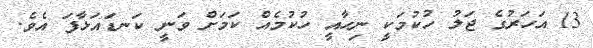
13 އަހަރުގެ ޖަލު ހުކުމަކީ ނިހާއީ ހުކުމެއް ކަމަށް ވަނީ ކަނޑައަޅާފަ އެވެ.